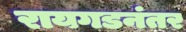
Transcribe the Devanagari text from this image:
रायगडनंतर